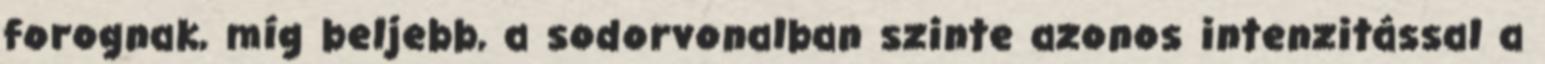
forognak, míg beljebb, a sodorvonalban szinte azonos intenzitással a